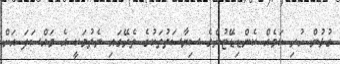
ގުޅުން ހުރި ކަމެއް ކެންޑިޑޭޓުންގެ ސިޔާސަތުތަކުގެ ތެރޭގައި ނެތުމަކީ އެ މައްސަލަ އަށް